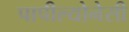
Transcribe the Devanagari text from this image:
पापील्योनेसी